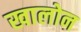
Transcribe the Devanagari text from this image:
खालोन